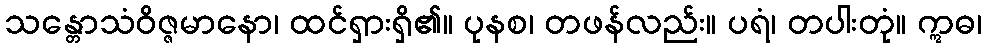
သန္တောသံဝိဇ္ဇမာနော၊ ထင်ရှားရှိ၏။ ပုနစ၊ တဖန်လည်း။ ပရံ၊ တပါးတုံ။ ဣဓ၊